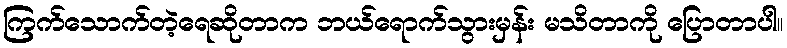
ကြက်သောက်တဲ့ရေဆိုတာက ဘယ်ရောက်သွားမှန်း မသိတာကို ပြောတာပါ။